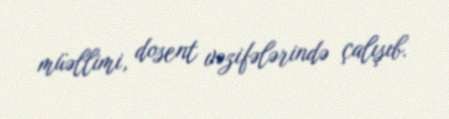
müəllimi, dosent vəzifələrində çalışıb.